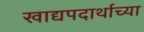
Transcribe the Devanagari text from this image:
खाद्यपदार्थाच्या